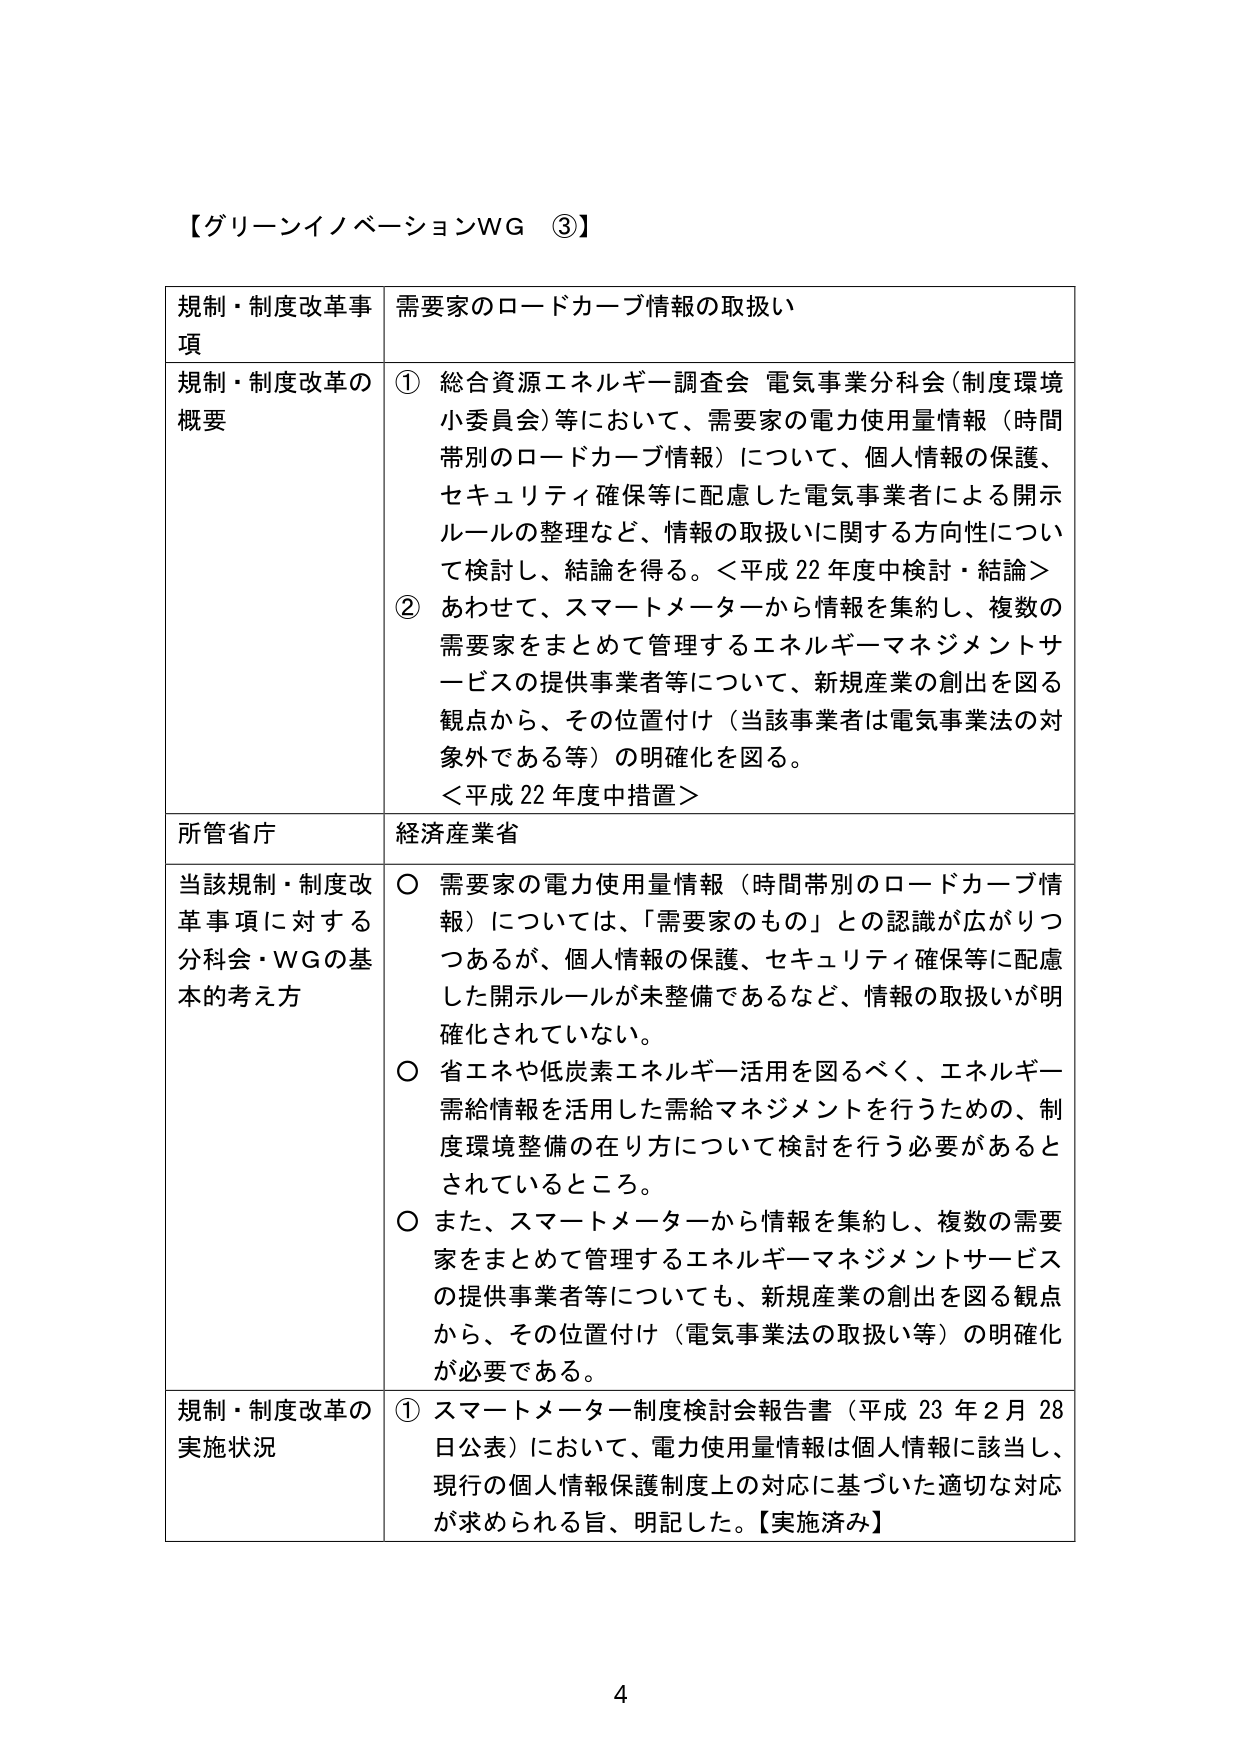
【グリーンイノベーションWG ③】

規制・制度改革事項　需要家のロードカーブ情報の取扱い

規制・制度改革の概要
① 総合資源エネルギー調査会 電気事業分科会（制度環境小委員会）等において、需要家の電力使用量情報（時間帯別のロードカーブ情報）について、個人情報の保護、セキュリティ確保等に配慮した電気事業者による開示ルールの整理など、情報の取扱いに関する方向性について検討し、結論を得る。＜平成22年度中検討・結論＞
② あわせて、スマートメーターから情報を集約し、複数の需要家をまとめて管理するエネルギーマネジメントサービスの提供事業者等について、新規産業の創出を図る観点から、その位置付け（当該事業者は電気事業法の対象外である等）の明確化を図る。
＜平成22年度中措置＞

所管省庁　経済産業省

当該規制・制度改革事項に対する分科会・WGの基本的考え方
○ 需要家の電力使用量情報（時間帯別のロードカーブ情報）については、「需要家のもの」との認識が広がりつつあるが、個人情報の保護、セキュリティ確保等に配慮した開示ルールが未整備であるなど、情報の取扱いが明確化されていない。
○ 省エネや低炭素エネルギー活用を図るべく、エネルギー需給情報を活用した需給マネジメントを行うための、制度環境整備の在り方について検討を行う必要があるとされているところ。
○ また、スマートメーターから情報を集約し、複数の需要家をまとめて管理するエネルギーマネジメントサービスの提供事業者等についても、新規産業の創出を図る観点から、その位置付け（電気事業法の取扱い等）の明確化が必要である。

規制・制度改革の実施状況
① スマートメーター制度検討会報告書（平成23年2月28日公表）において、電力使用量情報は個人情報に該当し、現行の個人情報保護制度上の対応に基づいた適切な対応が求められる旨、明記した。【実施済み】

4